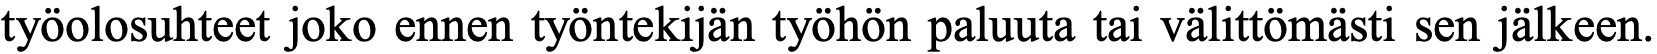
työolosuhteet joko ennen työntekijän työhön paluuta tai välittömästi sen jälkeen.